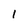
Character: 1